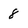
Character: 8